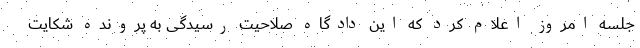
جلسه‌ امروز اعلام کرد که این دادگاه صلاحیت رسیدگی به پرونده شکایت